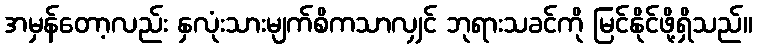
အမှန်တော့လည်း နှလုံးသားမျက်စိကသာလျှင် ဘုရားသခင်ကို မြင်နိုင်ဖို့ရှိသည်။